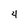
Character: 4